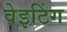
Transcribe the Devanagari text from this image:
वेइटिंग